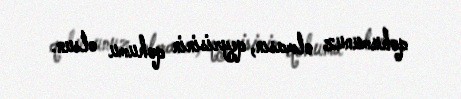
qohumunuz olmasın, qeyrisinin qohumu olsun.